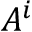
A ^ { i }